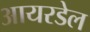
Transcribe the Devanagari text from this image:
आयरडेल